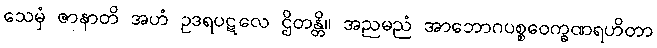
သေမှံ ဇာနာတိ အဟံ ဥဒရပဋလေ ဌိတန္တိ။ အညမညံ အာဘောဂပစ္စဝေက္ခဏရဟိတာ